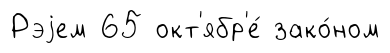
Рэjем 65 окт'ябр'е́ зако́ном